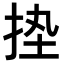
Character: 𢬋